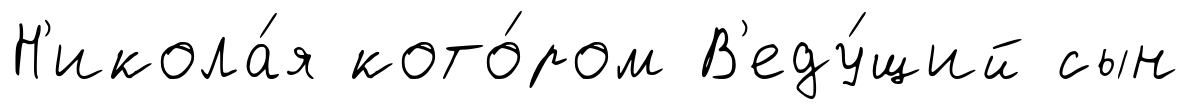
Н'икола́я кото́ром В'еду́щий сын